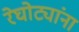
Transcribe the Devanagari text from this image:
रेघोट्यांना